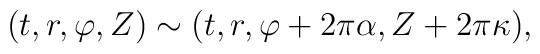
(t,r,\varphi,Z) \sim (t,r,\varphi+2\pi\alpha,Z+2\pi\kappa),